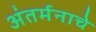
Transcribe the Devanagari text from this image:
अंतर्मनाचे